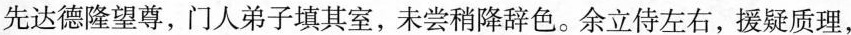
先达德隆望尊，门人弟子填其室，未尝稍降辞色。余立侍左右，援疑质理，